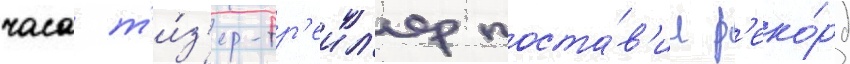
часа т'и́з'ер-тр'еил'ер поста́в'ил р'еко́рд